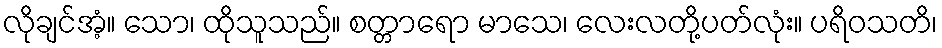
လိုချင်အံ့။ သော၊ ထိုသူသည်။ စတ္တာရော မာသေ၊ လေးလတို့ပတ်လုံး။ ပရိဝသတိ၊